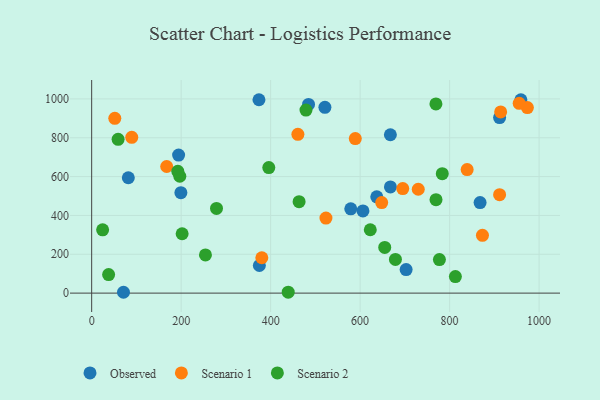
{"axis": {"x": "Study Hours", "y": "Yield"}, "legend": ["Observed", "Scenario 1", "Scenario 2"], "data": [{"x": "959.3", "y": 995.6, "type": "Observed"}, {"x": "484.7", "y": 971.6, "type": "Observed"}, {"x": "194.3", "y": 710.8, "type": "Observed"}, {"x": "199.4", "y": 517.1, "type": "Observed"}, {"x": "579.1", "y": 433.8, "type": "Observed"}, {"x": "637.2", "y": 496.0, "type": "Observed"}, {"x": "81.9", "y": 594.2, "type": "Observed"}, {"x": "521.3", "y": 956.6, "type": "Observed"}, {"x": "911.7", "y": 904.0, "type": "Observed"}, {"x": "667.6", "y": 815.4, "type": "Observed"}, {"x": "702.8", "y": 121.1, "type": "Observed"}, {"x": "373.9", "y": 995.9, "type": "Observed"}, {"x": "71.1", "y": 4.3, "type": "Observed"}, {"x": "667.7", "y": 546.6, "type": "Observed"}, {"x": "606.3", "y": 423.3, "type": "Observed"}, {"x": "374.8", "y": 142.3, "type": "Observed"}, {"x": "868.1", "y": 466.2, "type": "Observed"}, {"x": "839.2", "y": 636.2, "type": "Scenario 1"}, {"x": "729.9", "y": 534.9, "type": "Scenario 1"}, {"x": "523.6", "y": 386.5, "type": "Scenario 1"}, {"x": "695.3", "y": 538.1, "type": "Scenario 1"}, {"x": "914.1", "y": 933.1, "type": "Scenario 1"}, {"x": "89.6", "y": 802.2, "type": "Scenario 1"}, {"x": "51.7", "y": 900.0, "type": "Scenario 1"}, {"x": "873.4", "y": 297.4, "type": "Scenario 1"}, {"x": "648.2", "y": 466.2, "type": "Scenario 1"}, {"x": "973.8", "y": 955.7, "type": "Scenario 1"}, {"x": "955.5", "y": 977.6, "type": "Scenario 1"}, {"x": "380.3", "y": 182.1, "type": "Scenario 1"}, {"x": "911.7", "y": 507.0, "type": "Scenario 1"}, {"x": "167.7", "y": 651.9, "type": "Scenario 1"}, {"x": "460.9", "y": 817.6, "type": "Scenario 1"}, {"x": "589.2", "y": 795.7, "type": "Scenario 1"}, {"x": "783.6", "y": 615.1, "type": "Scenario 2"}, {"x": "479.0", "y": 942.5, "type": "Scenario 2"}, {"x": "254.3", "y": 196.4, "type": "Scenario 2"}, {"x": "24.5", "y": 325.8, "type": "Scenario 2"}, {"x": "197.0", "y": 601.7, "type": "Scenario 2"}, {"x": "59.1", "y": 792.2, "type": "Scenario 2"}, {"x": "192.5", "y": 627.2, "type": "Scenario 2"}, {"x": "655.0", "y": 235.2, "type": "Scenario 2"}, {"x": "202.2", "y": 305.8, "type": "Scenario 2"}, {"x": "463.6", "y": 470.9, "type": "Scenario 2"}, {"x": "678.9", "y": 173.5, "type": "Scenario 2"}, {"x": "769.6", "y": 481.4, "type": "Scenario 2"}, {"x": "37.9", "y": 95.6, "type": "Scenario 2"}, {"x": "279.0", "y": 436.3, "type": "Scenario 2"}, {"x": "777.2", "y": 172.6, "type": "Scenario 2"}, {"x": "769.4", "y": 974.2, "type": "Scenario 2"}, {"x": "812.9", "y": 84.9, "type": "Scenario 2"}, {"x": "622.7", "y": 326.4, "type": "Scenario 2"}, {"x": "395.9", "y": 646.5, "type": "Scenario 2"}, {"x": "439.3", "y": 5.0, "type": "Scenario 2"}]}